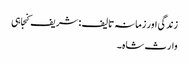
زندگی اور زمانہ تالیف : شریف کنجاہی
وارث شاہ ۔